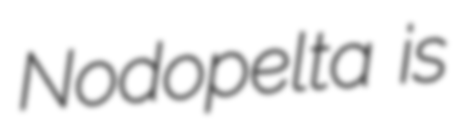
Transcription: Nodopelta is